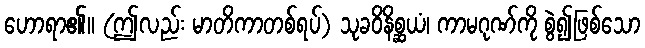
ဟောရာ၏။ (ဤလည်း မာတိကာတစ်ရပ်) သုခဝိနိစ္ဆယံ၊ ကာမဂုဏ်ကို စွဲ၍ဖြစ်သော